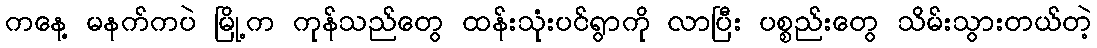
ကနေ့ မနက်ကပဲ မြို့က ကုန်သည်တွေ ထန်းသုံးပင်ရွာကို လာပြီး ပစ္စည်းတွေ သိမ်းသွားတယ်တဲ့